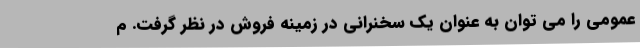
عمومی را می توان به عنوان یک سخنرانی در زمینه فروش در نظر گرفت. م